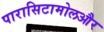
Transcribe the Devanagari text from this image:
पारासिटामोलऔर